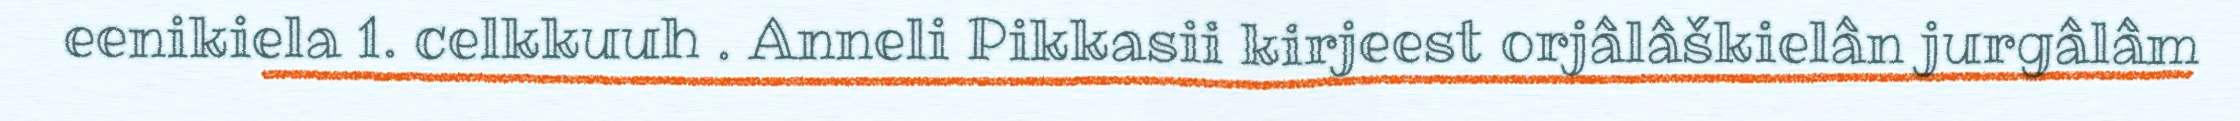
eenikiela 1. celkkuuh . Anneli Pikkasii kirjeest orjâlâškielân jurgâlâm